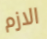
الازم